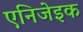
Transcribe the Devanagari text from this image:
एनिजेइक